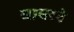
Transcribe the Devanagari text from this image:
बाबरने